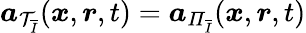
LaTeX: \boldsymbol{a}_{\mathcal{T}_{\overline{{I}}}}(\boldsymbol{x},\boldsymbol{r},t)=\boldsymbol{a}_{\mathit{\Pi}_{\overline{{I}}}}(\boldsymbol{x},\boldsymbol{r},t)